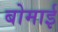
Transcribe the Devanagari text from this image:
बोमाई